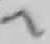
Text: 7